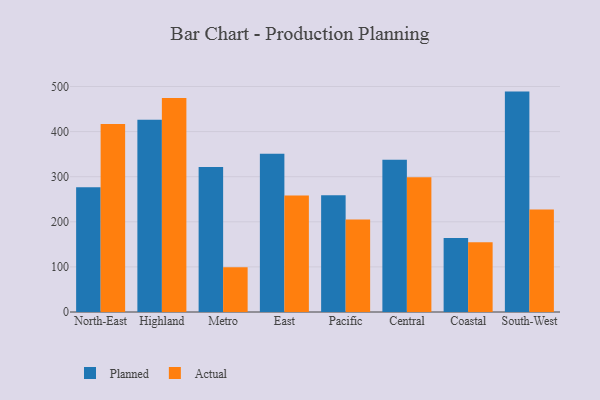
{"axis": {"x": "Region", "y": "Energy Usage (MWh)"}, "legend": ["Actual", "Planned"], "data": [{"x": "North-East", "y": 276.6, "type": "Planned"}, {"x": "North-East", "y": 417.0, "type": "Actual"}, {"x": "Highland", "y": 426.4, "type": "Planned"}, {"x": "Highland", "y": 474.7, "type": "Actual"}, {"x": "Metro", "y": 321.5, "type": "Planned"}, {"x": "Metro", "y": 99.1, "type": "Actual"}, {"x": "East", "y": 350.7, "type": "Planned"}, {"x": "East", "y": 258.3, "type": "Actual"}, {"x": "Pacific", "y": 258.6, "type": "Planned"}, {"x": "Pacific", "y": 204.9, "type": "Actual"}, {"x": "Central", "y": 337.4, "type": "Planned"}, {"x": "Central", "y": 298.8, "type": "Actual"}, {"x": "Coastal", "y": 164.2, "type": "Planned"}, {"x": "Coastal", "y": 154.5, "type": "Actual"}, {"x": "South-West", "y": 488.7, "type": "Planned"}, {"x": "South-West", "y": 227.4, "type": "Actual"}]}